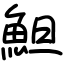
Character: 䱇